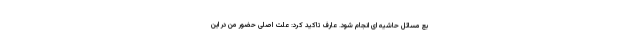
بع مسائل حاشیه ای انجام شود. عارف تاکید کرد: علت اصلی حضور من در این